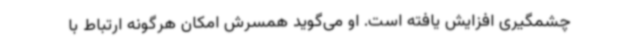
چشمگیری افزایش یافته است. او می‌گوید همسرش امکان هرگونه ارتباط با